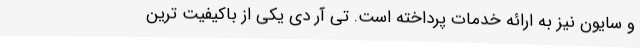
و سایون نیز به ارائه خدمات پرداخته است. تی آر دی یکی از باکیفیت ترین